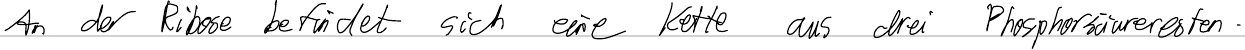
An der Ribose befindet sich eine Kette aus drei Phosphorsäureresten.